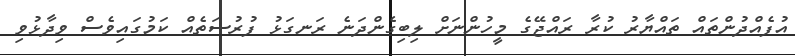
އުފެއްދުންތައް ތައްޔާރު ކުރާ ރައްޖޭގެ މީހުންނަށް ލިބިގެންދަނެ ރަނގަޅު ފުރުސަތެއް ކަމުގައިވެސް ވިދާޅުވި